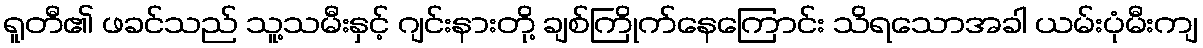
ရူတီ၏ ဖခင်သည် သူ့သမီးနှင့် ဂျင်းနားတို့ ချစ်ကြိုက်နေကြောင်း သိရသောအခါ ယမ်းပုံမီးကျ